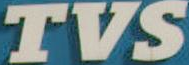
TVS